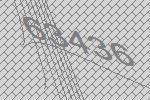
63436